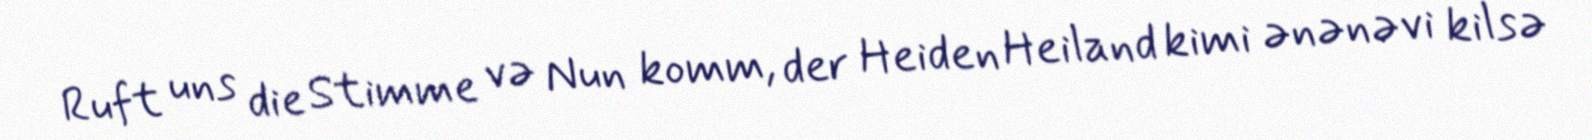
Ruft uns die Stimme və Nun komm, der Heiden Heiland kimi ənənəvi kilsə